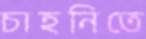
চাহনিতে